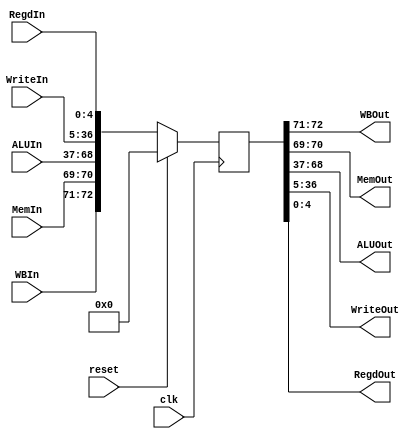
module ExMemReg(
output [1:0] WBOut, MemOut,
output [31:0] ALUOut, WriteOut,
output [4:0] RegdOut,
input [1:0] WBIn, MemIn,
input [31:0] ALUIn, WriteIn,
input [4:0] RegdIn,
input clk, reset);

  reg [72:0] pipelined_data;
    
  always @(posedge clk) begin
    if (reset == 1'b1)begin
      pipelined_data <= 0;
    end
    else begin
      pipelined_data <= {WBIn, MemIn, ALUIn, WriteIn, RegdIn};
    end
      
  end

  assign {WBOut, MemOut, ALUOut, WriteOut, RegdOut} = pipelined_data;

endmodule